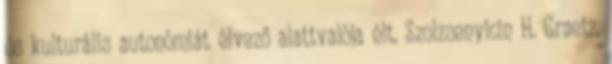
és kulturális autonómiát élvező alattvalója élt. Szolzsenyicin H. Graetz,